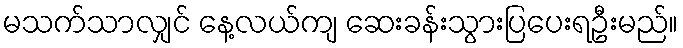
မသက်သာလျှင် နေ့လယ်ကျ ဆေးခန်းသွားပြပေးရဦးမည်။